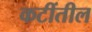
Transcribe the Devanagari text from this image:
कटींतील